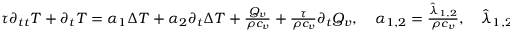
\begin{array} { r } { \tau \partial _ { t t } T + \partial _ { t } T = \alpha _ { 1 } \Delta T + \alpha _ { 2 } \partial _ { t } \Delta T + \frac { Q _ { v } } { \rho c _ { v } } + \frac { \tau } { \rho c _ { v } } \partial _ { t } Q _ { v } , \quad \alpha _ { 1 , 2 } = \frac { \hat { \lambda } _ { 1 , 2 } } { \rho c _ { v } } , \quad \hat { \lambda } _ { 1 , 2 } = \frac { \lambda _ { 1 , 2 } } { T ^ { 2 } } . } \end{array}